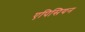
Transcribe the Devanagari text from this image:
एपिसियन